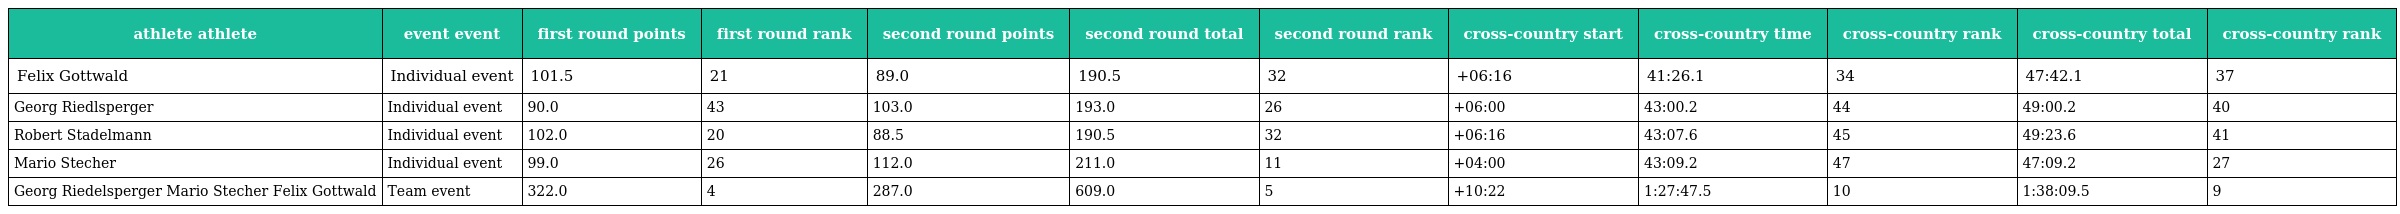
| athlete athlete | event event | first round points | first round rank | second round points | second round total | second round rank | cross-country start | cross-country time | cross-country rank | cross-country total | cross-country rank |
 | --- | --- | --- | --- | --- | --- | --- | --- | --- | --- | --- | --- |
 | Felix Gottwald | Individual event | 101.5 | 21 | 89.0 | 190.5 | 32 | +06:16 | 41:26.1 | 34 | 47:42.1 | 37 |
 | Georg Riedlsperger | Individual event | 90.0 | 43 | 103.0 | 193.0 | 26 | +06:00 | 43:00.2 | 44 | 49:00.2 | 40 |
 | Robert Stadelmann | Individual event | 102.0 | 20 | 88.5 | 190.5 | 32 | +06:16 | 43:07.6 | 45 | 49:23.6 | 41 |
 | Mario Stecher | Individual event | 99.0 | 26 | 112.0 | 211.0 | 11 | +04:00 | 43:09.2 | 47 | 47:09.2 | 27 |
 | Georg Riedelsperger Mario Stecher Felix Gottwald | Team event | 322.0 | 4 | 287.0 | 609.0 | 5 | +10:22 | 1:27:47.5 | 10 | 1:38:09.5 | 9 |